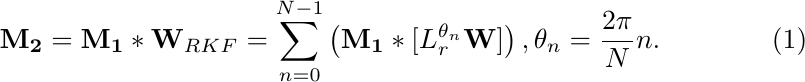
\begin{equation}
    \mathbf{M_2}=\mathbf{M_1}*\mathbf{W}_{RKF} =  \sum_{n=0}^{N-1}\left(\mathbf{M_1} * [L_r^{\theta_n}\mathbf{W}]\right), \theta_n = \frac{2\pi}{N}n.
    \label{eq:rkf}
\end{equation}